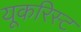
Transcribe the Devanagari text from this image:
यूकरिस्ट